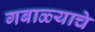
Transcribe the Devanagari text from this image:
गबाळ्याचे